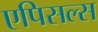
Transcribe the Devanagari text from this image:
एपिसल्स